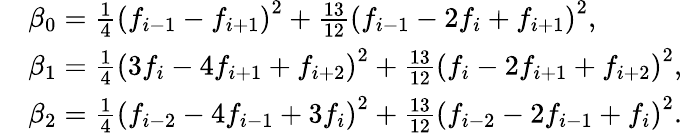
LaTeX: \begin{array}{rl}&{\beta_{0}=\frac{1}{4}\left(f_{i-1}-f_{i+1}\right)^{2}+\frac{13}{12}\left(f_{i-1}-2f_{i}+f_{i+1}\right)^{2},}\\ &{\beta_{1}=\frac{1}{4}\left(3f_{i}-4f_{i+1}+f_{i+2}\right)^{2}+\frac{13}{12}\left(f_{i}-2f_{i+1}+f_{i+2}\right)^{2},}\\ &{\beta_{2}=\frac{1}{4}\left(f_{i-2}-4f_{i-1}+3f_{i}\right)^{2}+\frac{13}{12}\left(f_{i-2}-2f_{i-1}+f_{i}\right)^{2}.}\end{array}